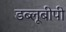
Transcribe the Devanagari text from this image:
डब्लूबीपी